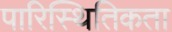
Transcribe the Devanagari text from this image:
पारिस्थितिकता